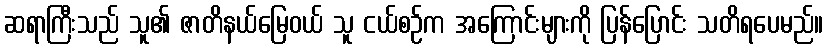
ဆရာကြီးသည် သူ၏ ဇာတိနယ်မြေဝယ် သူ ငယ်စဉ်က အကြောင်းများကို ပြန်ပြောင်း သတိရပေမည်။